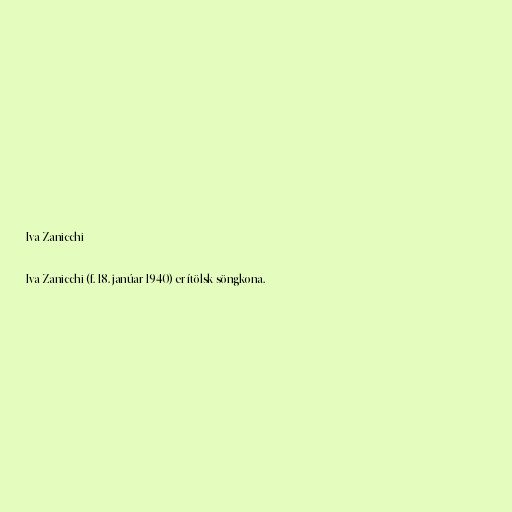
Iva Zanicchi

Iva Zanicchi (f. 18. janúar 1940) er ítölsk söngkona.